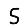
Digit: 5